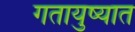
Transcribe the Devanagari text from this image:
गतायुष्यात